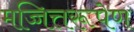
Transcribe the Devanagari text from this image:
मच्चित्तरूपेण